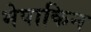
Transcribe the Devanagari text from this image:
मेपाकिन